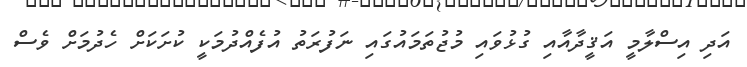
އަދި އިސްލާމީ އަޤީދާއާއި ގުޅުވައި މުޖުތަމައުގައި ނަފުރަތު އުފެއްދުމަކީ ކުށަކަށް ހެދުމަށް ވެސް